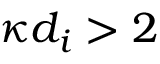
\kappa d _ { i } > 2